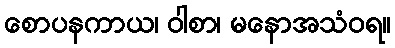
စောပနကာယ၊ ဝါစာ၊ မနောအသံဝရ။